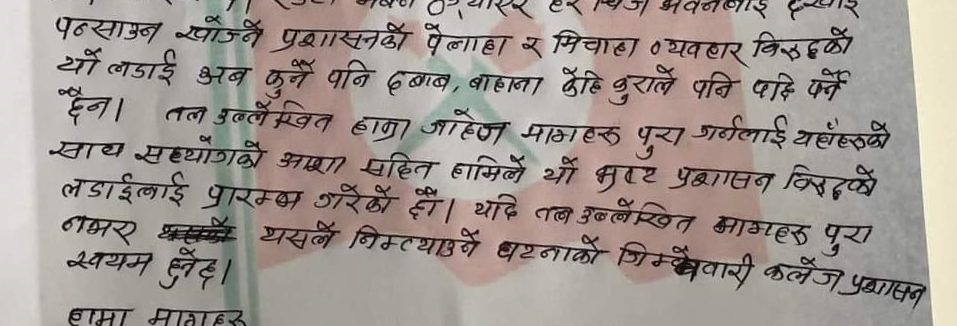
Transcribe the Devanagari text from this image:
पन्छाउन खोज्ने प्रशासनको पेलाहा र मिचाहा व्यवहार विरुद्धको
यो लडाई अब कुनै पनि दवाब, बाहाना केहि कुराले पछि पर्ने
छैन। तल उल्लेखित हाम्रा जायज मागहरु पुरा गर्नलाई यहाँहरुको
साथ सहयोगको आशा सहित हामीले यो भष्ट प्रशासन विरुद्धको
लडाईंलाई प्रारम्भ गरेको छौं। यदि तल उल्लेखित मागहरु पुरा
नभएमा यसले निम्त्याउने घटनाको जिम्मेवारी कलेज प्रशासन
स्वयम हुनेछ।
हाम्रा मागहरु